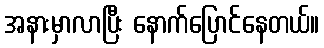
အနားမှာလာပြီး နောက်ပြောင်နေတယ်။